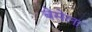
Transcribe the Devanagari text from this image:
बेसेला